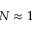
N \approx 1